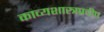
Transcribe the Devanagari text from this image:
काव्यशास्त्रप्रदीप